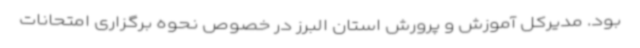
بود. مدیرکل آموزش و پرورش استان البرز در خصوص نحوه برگزاری امتحانات